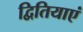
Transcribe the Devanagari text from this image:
द्वितियाएं